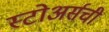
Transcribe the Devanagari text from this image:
स्टोअर्सची